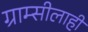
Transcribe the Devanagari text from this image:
ग्राम्सीलाही